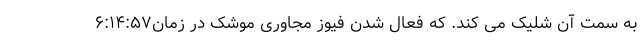
به سمت آن شلیک می کند. که فعال شدن فیوز مجاوری موشک در زمان۶:۱۴:۵۷